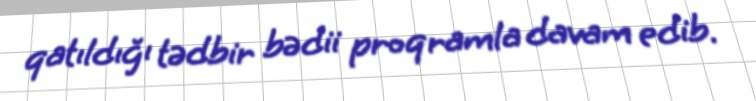
qatıldığı tədbir bədii proqramla davam edib.